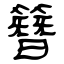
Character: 簪